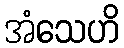
အံသေဟိ